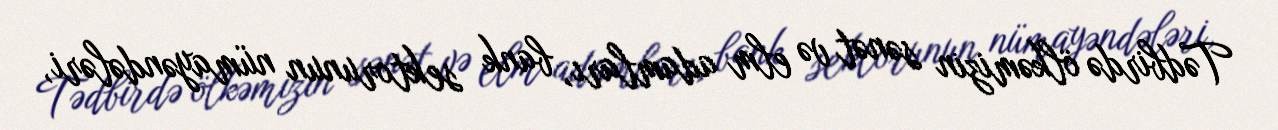
Tədbirdə ölkəmizin sənət və elm adamları, bank sektorunun nümayəndələri,